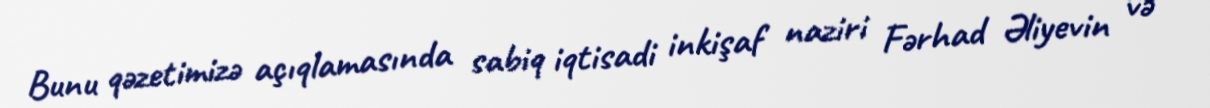
Bunu qəzetimizə açıqlamasında sabiq iqtisadi inkişaf naziri Fərhad Əliyevin və